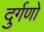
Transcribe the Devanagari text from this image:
दुर्गणों